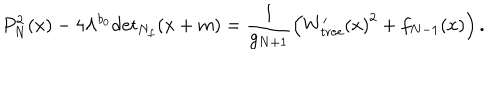
LaTeX: P _ { N } ^ { 2 } ( x ) - 4 \Lambda ^ { b _ { 0 } } \mathrm { d e t } _ { N _ { f } } ( x + m ) = \frac { 1 } { g _ { N + 1 } } \left( { W _ { \mathrm { t r e e } } ^ { \prime } ( x ) } ^ { 2 } + f _ { N - 1 } ( x ) \right) .